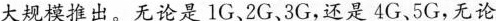
大规模推出。无论是1G、2G、3G，还是4G、5G，无论